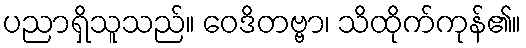
ပညာရှိသူသည်။ ဝေဒိတဗ္ဗာ၊ သိထိုက်ကုန်၏။